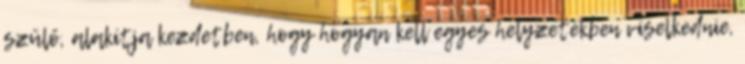
szülő, alakítja kezdetben, hogy hogyan kell egyes helyzetekben viselkednie,